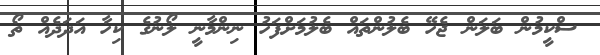
ސްކީމުން ބަލަން ޖެހޭ ބެލުންތައް ބެލުމަށްފަހު ނިންމާނީ ލޯނުގެ ކިހާ އަދަދެއް ތޯ